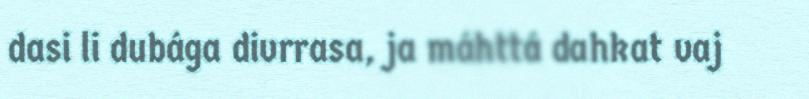
dasi li dubága divrrasa, ja máhttá dahkat vaj